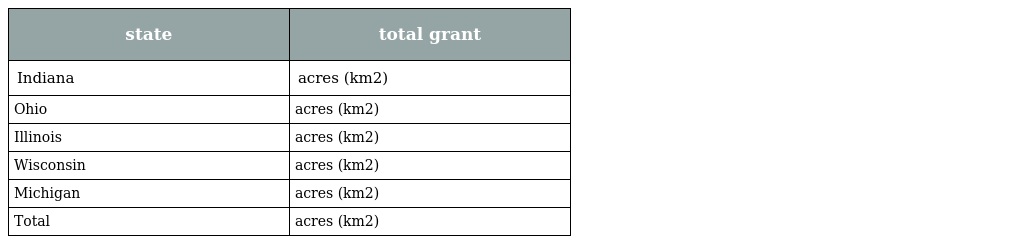
| state | total grant |
 | --- | --- |
 | Indiana | acres (km2) |
 | Ohio | acres (km2) |
 | Illinois | acres (km2) |
 | Wisconsin | acres (km2) |
 | Michigan | acres (km2) |
 | Total | acres (km2) |